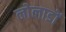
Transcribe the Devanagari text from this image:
लोलाडों